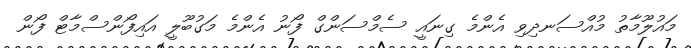
މައުލޫމާތު މުއްސަނދިވި އެންމެ ގިނައީ ސެމްސަންގް ފޯނު އެންމެ މަގުބޫލީ އައިފޯންސްމާޓް ފޯން